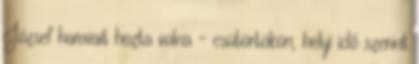
József hamvait hozta volna – csütörtökön, helyi idő szerint